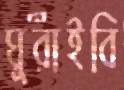
ঘুরাইবি